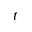
t